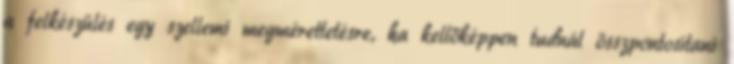
a felkészülés egy szellemi megmérettetésre, ha kellőképpen tudnál összpontosítani